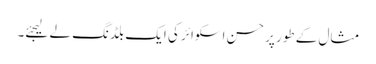
مثال کے طور پر حسن اسکوائر کی ایک بلڈنگ لے لیجئے۔